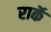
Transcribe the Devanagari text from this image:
राकॅ